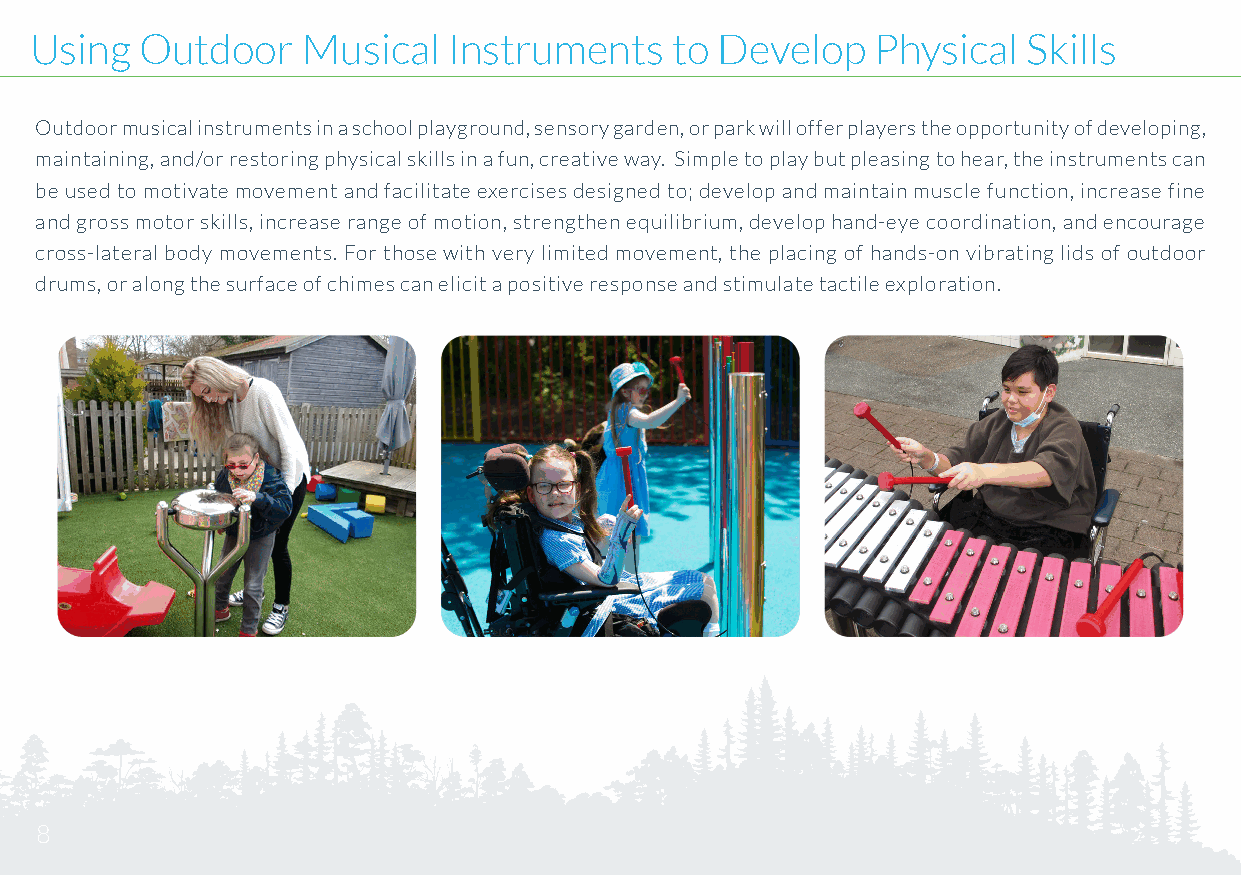
Using  Outdoor    Musical   Instruments    to Develop   Physical  Skills
 Outdoor musical instruments in a school playground, sensory garden, or park will offer players the opportunity of developing,
 maintaining, and/or restoring physical skills in a fun, creative way. Simple to play but pleasing to hear, the instruments can
 be used to motivate movement and facilitate exercises designed to; develop and maintain muscle function, increase fine
 and gross motor skills, increase range of motion, strengthen equilibrium, develop hand-eye coordination, and encourage
 cross-lateral body movements. For those with very limited movement, the placing of hands-on vibrating lids of outdoor
 drums, or along the surface of chimes can elicit a positive response and stimulate tactile exploration.
 8